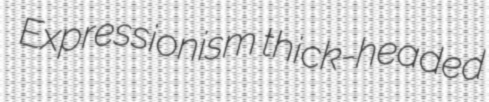
Expressionism thick-headed